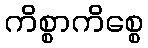
ကိစ္စာကိစ္စေ